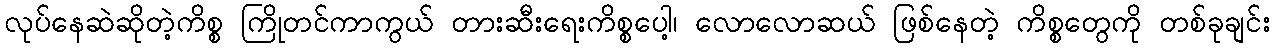
လုပ်နေဆဲဆိုတဲ့ကိစ္စ ကြိုတင်ကာကွယ် တားဆီးရေးကိစ္စပေါ့၊ လောလောဆယ် ဖြစ်နေတဲ့ ကိစ္စတွေကို တစ်ခုချင်း